Report of the Indian Hemp Drugs Commission, 1894-1895 - Volume VIII
Year: 1894
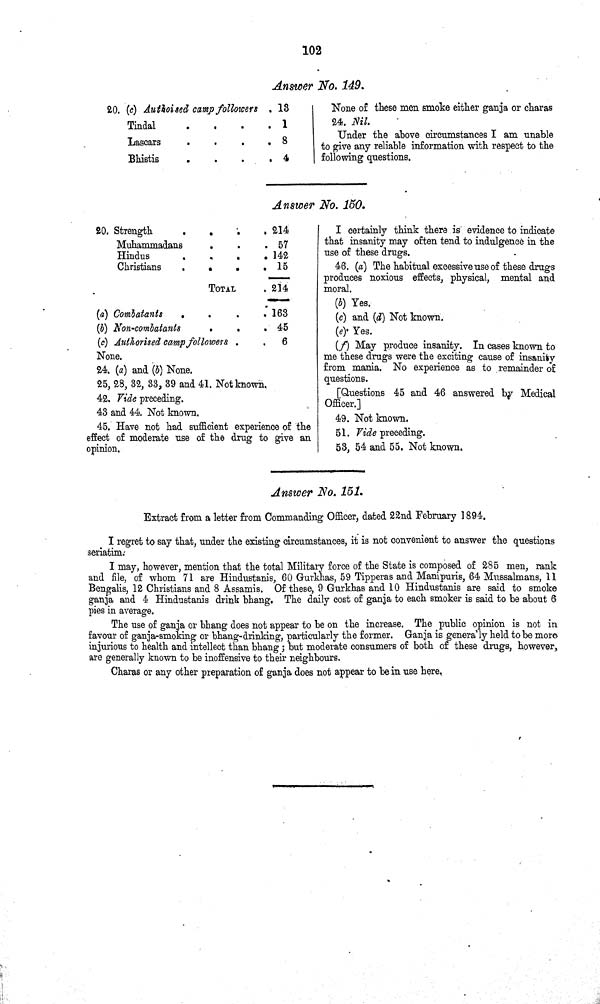
102
Answer No. 149.
20. (c) Authorised camp followers
13
Tindal
1
Lascars
8
Bhistis
4
None of these men smoke either ganja or charas
24. Nil.
Under the above circumstances I am unable
to give any reliable information with respect to the
following questions.
Answer No. 150.
20. Strength
214
Muhammadans
57
Hindus
142
Christians
15
TOTAL
214
(a) Combatants
163
(b) Non-combatants
45
(c) Authorised camp followers
6
None.
24. (a) and (b) None.
25, 28, 32, 33, 39 and 41. Not known.
42. Vide preceding.
43 and 44. Not known.
45. Have not had sufficient experience of the
effect of moderate use of the drug to give an
opinion.
I certainly think there is evidence to indicate
that insanity may often tend to indulgence in the
use of these drugs.
46. (a) The habitual excessive use of these drugs
produces noxious effects, physical, mental and
moral.
(b) Yes.
(c) and (d) Not known.
(e) Yes.
(f) May produce insanity. In cases known to
me these drugs were the exciting cause of insanity
from mania. No experience as to remainder of
questions.
[Questions 45 and 46 answered by Medical
Officer.]
49. Not known.
51. Vide preceding.
53, 54 and 55. Not known.
Answer No. 151.
Extract from a letter from Commanding Officer, dated 22nd February 1894.
I regret to say that, under the existing circumstances, it is not convenient to answer the questions
seriatim.
I may, however, mention that the total Military force of the State is composed of 285 men, rank
and file, of whom 71 are Hindustanis, 60 Gurkhas, 59 Tipperas and Manipuris, 64 Mussalmans, 11
Bengalis, 12 Christians and 8 Assamis. Of these, 9 Gurkhas and 10 Hindustanis are said to smoke
ganja and 4 Hindustanis drink bhang. The daily cost of ganja to each smoker is said to be about 6
pies in average.
The use of ganja or bhang does not appear to be on the increase. The public opinion is not in
favour of ganja-smoking or bhang-drinking, particularly the former. Ganja is genera'ly held to be more
injurious to health and intellect than bhang; but moderate consumers of both of these drugs, however,
are generally known to be inoffensive to their neighbours.
Charas or any other preparation of ganja does not appear to be in use here,